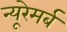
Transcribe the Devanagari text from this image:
न्यूरेमर्ब